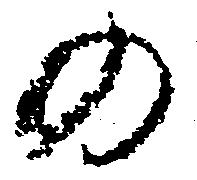
の